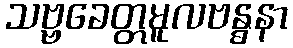
သဗ္ဗခေတ္တမူလဗန္ဓနာ